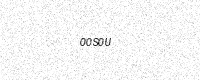
Text: 00S0U